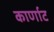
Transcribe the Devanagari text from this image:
कार्णाट